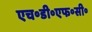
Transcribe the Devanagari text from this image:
एच॰डी॰एफ॰सी॰